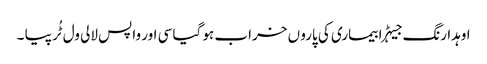
اوہدا رنگ جیہڑا بیماری کی پارو ں خراب ہو گیا سی اور واپس لالی ول ٹُر پیا ۔